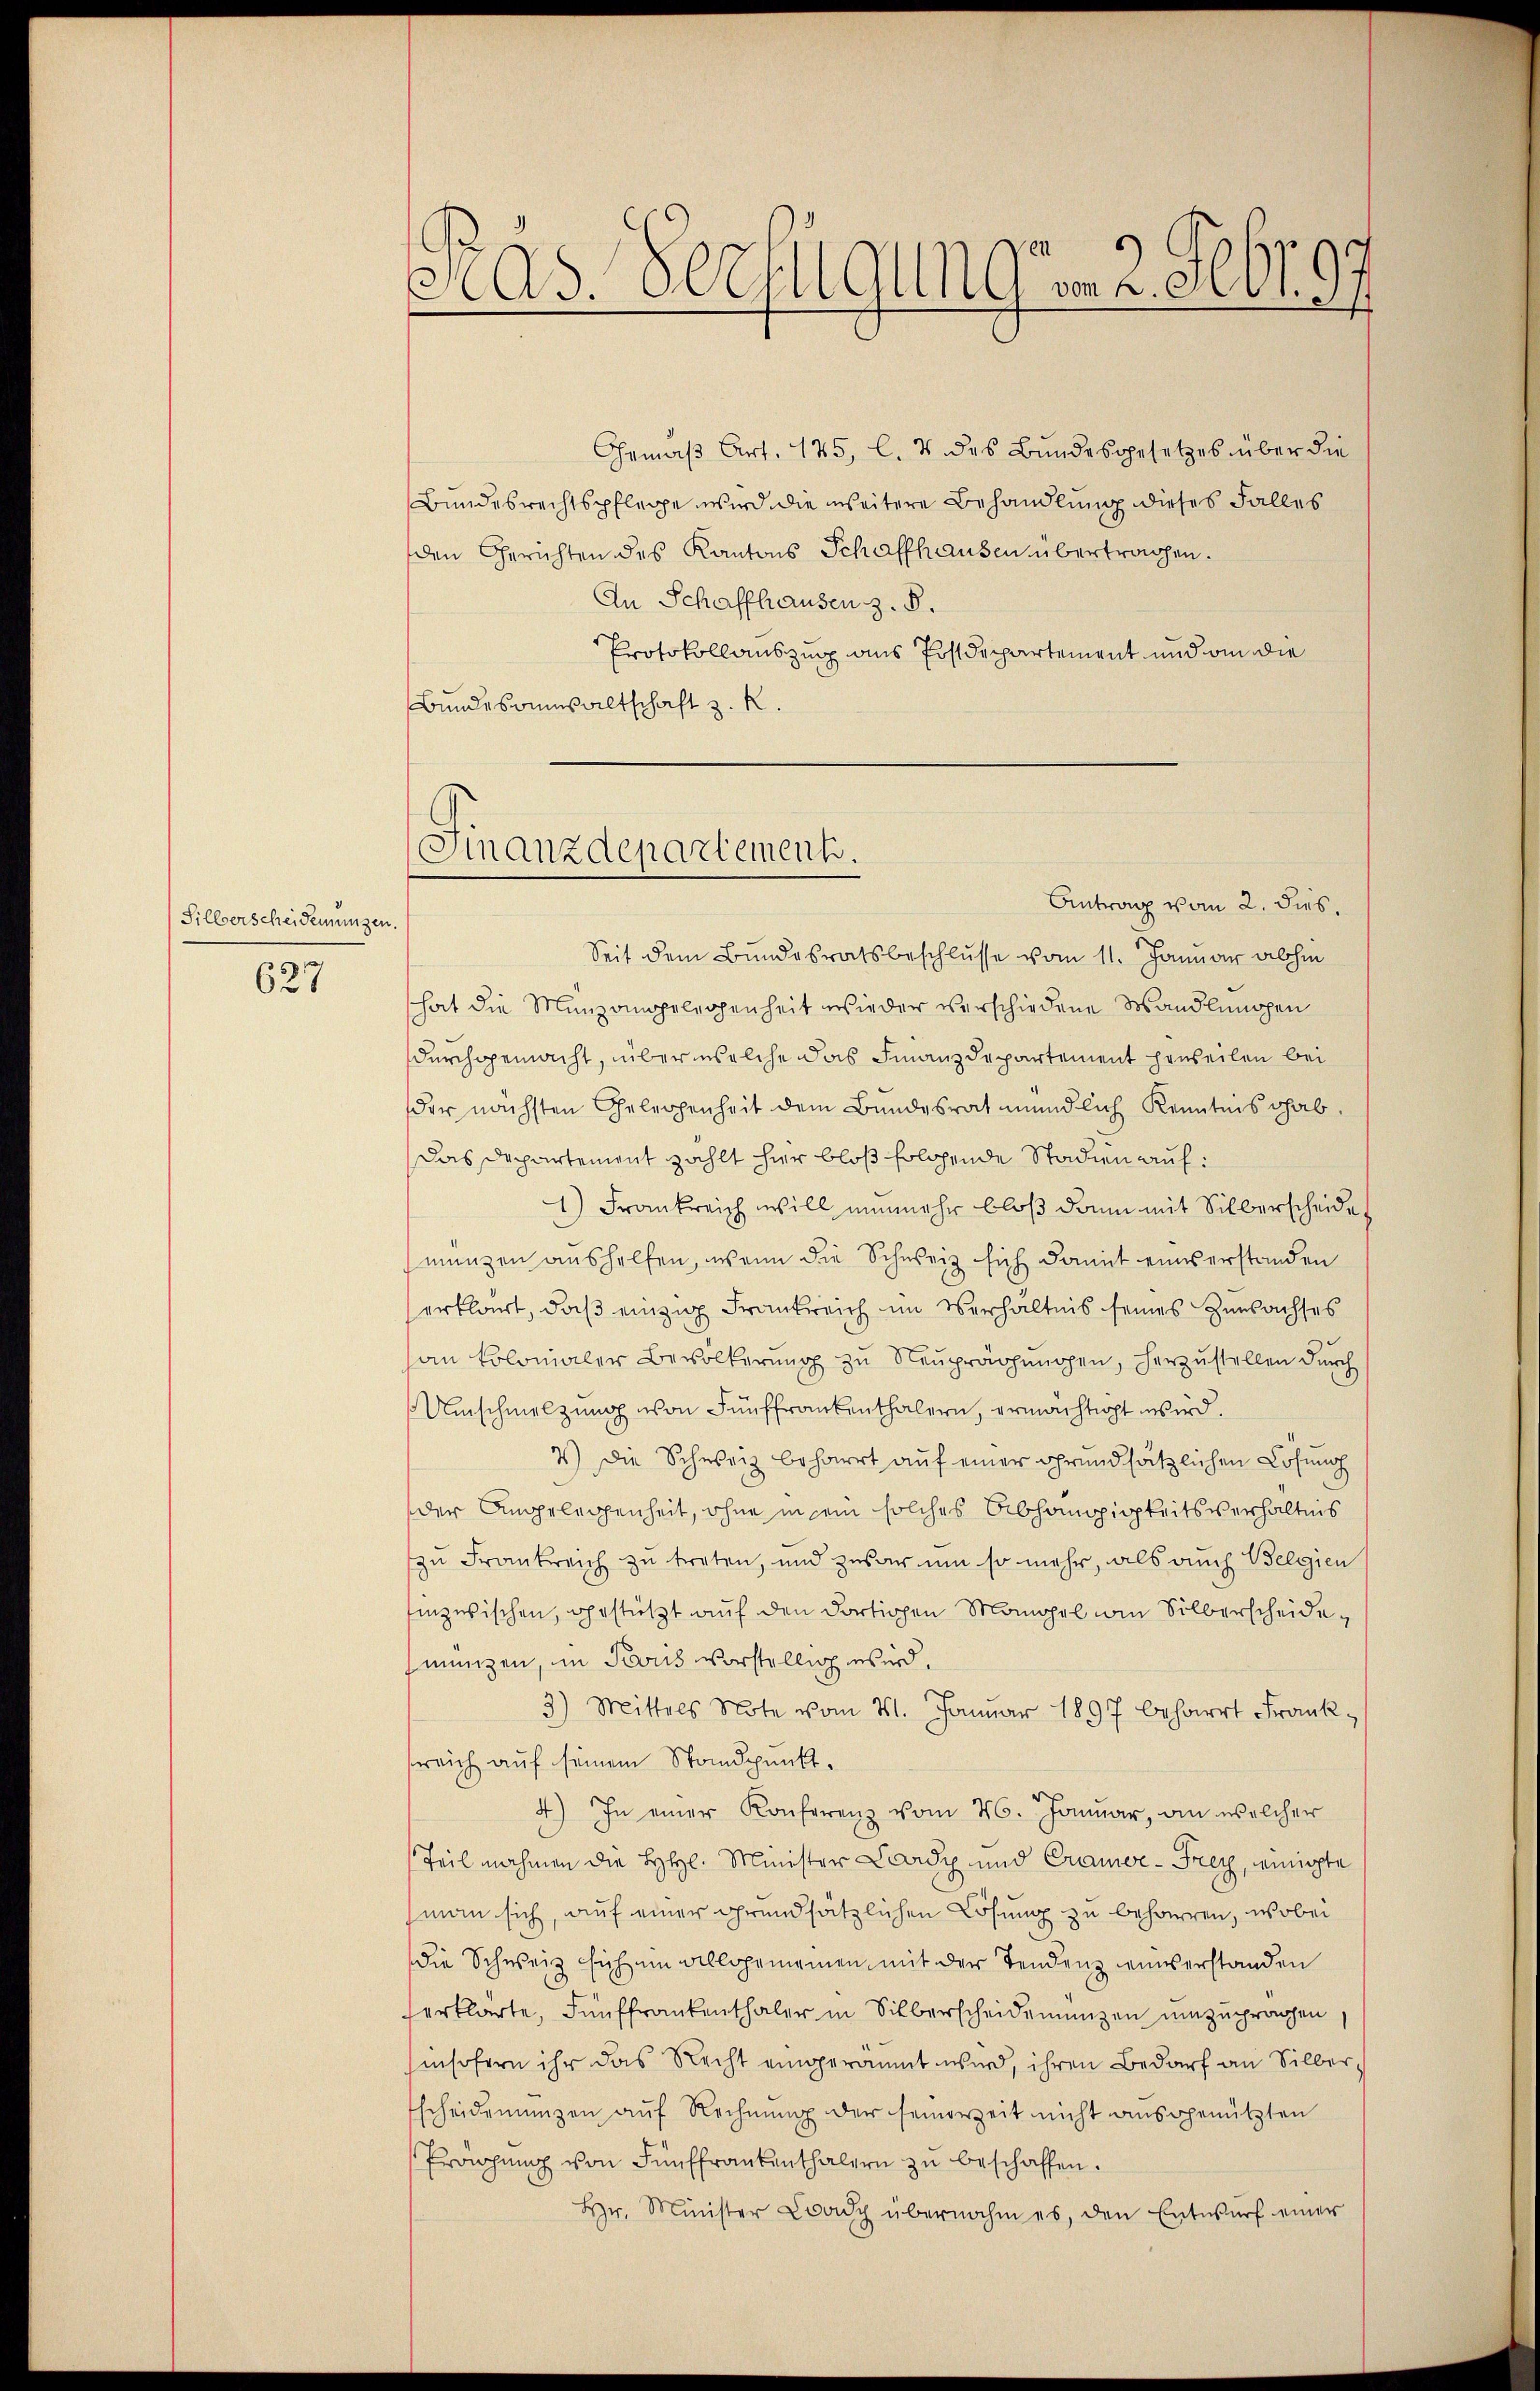
Sillverscheidemungen.

627

s
Ras. Verfügungen 2. Febr. 97

Gemäß Art. 145, l. 4 des Bundesgesetzes über die
Bundesrechtspflege wird die weitere Behandlung dieses Falles
den Gerichten des Kantons Schaffhausen übertragen.
An Schaffhausen z. B.
Protokollauszug aus Postdepartement und an die
Bundesanwaltschaft z. R.

Finanzdepartement.

Antrag vom 2. dies
Seit dem Bundesratsbeschlusse vom 11. Januar abhin
hat die Münzangelegenheit wieder verschiedene Wandlungen
durchgemacht, über welche das Finanzdepartement hauseilen bei
der nächsten Gelegenheit dem Bundesrat mündlich Kenntnis gab.
das Departement zahlt hier bloß folgende Stadien auf:
1) Frankreich will nunmehr bloß dann mit Silberscheide
münzen aushelfen, wenn die Schweiz sich damit eines erstanden
erklärt, daß einzig Frankreich im Verhältnis seines Zuwachses
han Kolonialer Bevölkerung zu Neuprägungen, herzustellen durch
Umschmelzung von Fünffrankenthalern, ermächtigt wird.
7) Die Schweiz beharrt auf einer grundsätzlichen Lösung
der Angelegenheit, ohne in sein solches Abhängigkeitsverhältnis
zu Frankreich zu treten, und zwar um so mehr, als auch Belgien
inzwischen, gestützt auf den dortigen Mangel in Silberscheidemanzen, in Paris vorstellig wird.
3) Mittels Note vom 21. Januar 1897 beharrt Franksreich auf seinem Standpunkt,
4) In einer Konferenz vom 26. Januar, an welcher
Teilnahmen die HHl. Minister Lardy und Cramee-Frey, einigte
man sich, auf einer grundsätzlichen Lösung zu beharren, wobei
die Schweiz sich um allgemeinen mit der Tendenz eines erstanden
erklärte, Fünffrankenthaler in Silberscheidemünzen umzuprägen
insofern ihr das Recht eingeräumt wird, ihren Bedarf an Silberscheidemünzen aŭf Rechnŭng der seinerzeit nicht ausgenützten
Fröngung von Fünffrankenthalern zu beschaffen.
Hr. Minister Coody übernahm es, den Entwurf einer